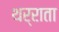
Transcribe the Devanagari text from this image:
थर्राता